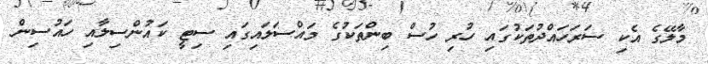
މާލޭގެ އެކި ސަރަހައްދުތަކުގައި ހުރި ހުސް ބިންތަކުގެ މައްސަލައިގައި ސިޓީ ކައުންސިލާއި ހައުސިން